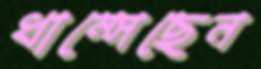
ধাম্‌সেছেন